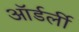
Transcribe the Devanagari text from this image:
ऑर्डर्ली